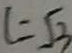
l = \sqrt { 3 }